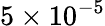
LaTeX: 5\times 10^{-5}